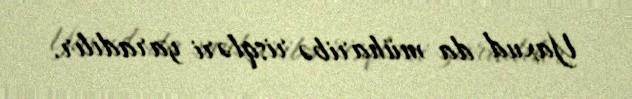
Yaxud da müharibə risqləri yaradılır.